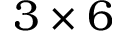
3 \times 6